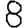
Digit: 8